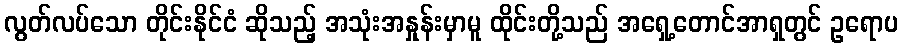
လွတ်လပ်သော တိုင်းနိုင်ငံ ဆိုသည့် အသုံးအနှုန်းမှာမူ ထိုင်းတို့သည် အရှေ့တောင်အာရှတွင် ဥရောပ